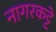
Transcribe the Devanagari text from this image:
नागरकट्टे